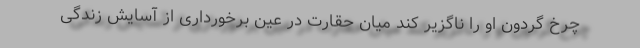
چرخ گردون او را ناگزیر کند میان حقارت در عین برخورداری از آسایش زندگی